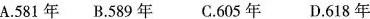
A.581年 B.589年 C.605年 D.618年